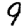
Digit: 9